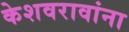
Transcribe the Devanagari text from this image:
केशवरावांना